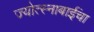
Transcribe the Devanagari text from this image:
ज्योत्स्नाबाईंचा